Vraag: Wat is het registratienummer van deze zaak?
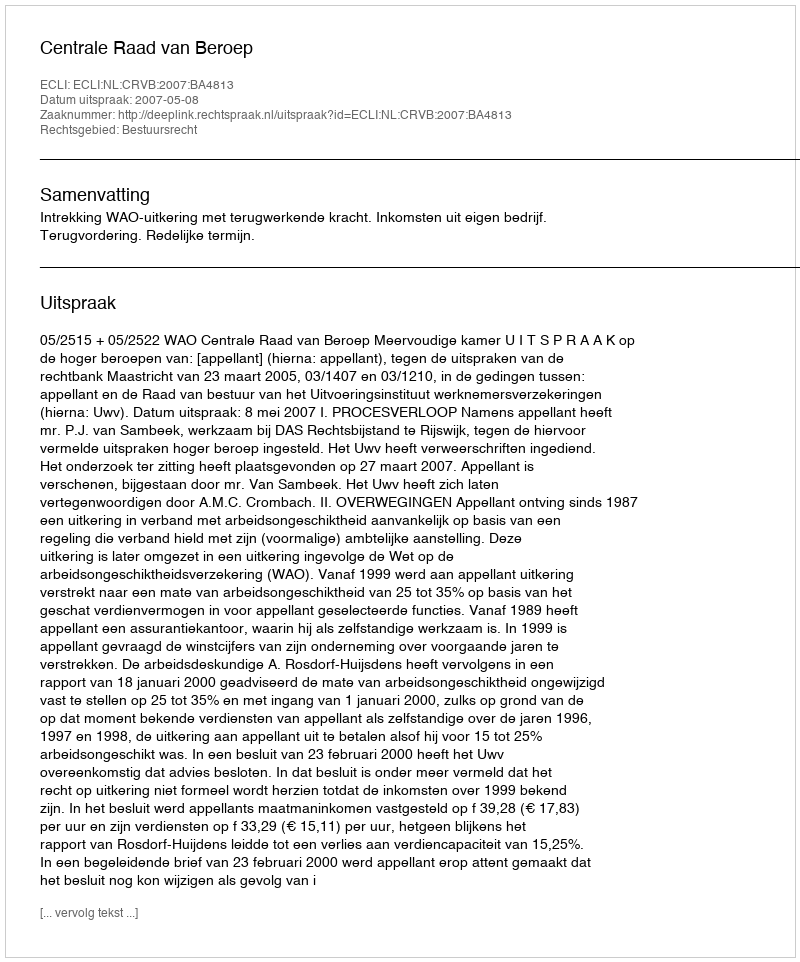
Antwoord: http://deeplink.rechtspraak.nl/uitspraak?id=ECLI:NL:CRVB:2007:BA4813